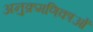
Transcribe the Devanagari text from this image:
अनुक्रमणिकाओं